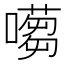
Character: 𡁿